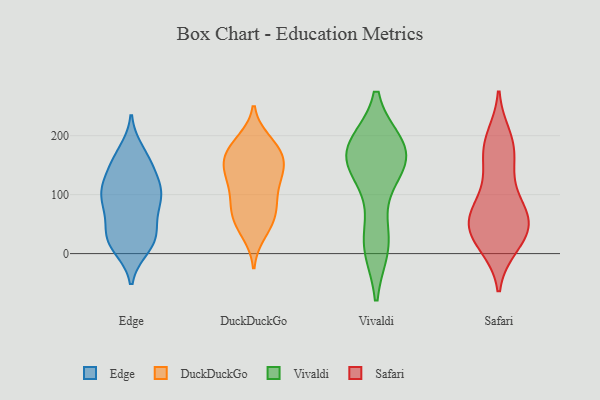
{"axis": {"x": "Active Users", "y": "Value"}, "legend": ["DuckDuckGo", "Edge", "Safari", "Vivaldi"], "data": [{"x": "", "y": 105, "type": "Edge"}, {"x": "", "y": 150, "type": "Edge"}, {"x": "", "y": 11, "type": "Edge"}, {"x": "", "y": 94, "type": "Edge"}, {"x": "", "y": 74, "type": "Edge"}, {"x": "", "y": 119, "type": "Edge"}, {"x": "", "y": 73, "type": "Edge"}, {"x": "", "y": 29, "type": "Edge"}, {"x": "", "y": 32, "type": "Edge"}, {"x": "", "y": 34, "type": "Edge"}, {"x": "", "y": 161, "type": "Edge"}, {"x": "", "y": 172, "type": "Edge"}, {"x": "", "y": 148, "type": "Edge"}, {"x": "", "y": 108, "type": "Edge"}, {"x": "", "y": 16, "type": "Edge"}, {"x": "", "y": 104, "type": "Edge"}, {"x": "", "y": 96, "type": "Edge"}, {"x": "", "y": 23, "type": "Edge"}, {"x": "", "y": 176, "type": "DuckDuckGo"}, {"x": "", "y": 190, "type": "DuckDuckGo"}, {"x": "", "y": 64, "type": "DuckDuckGo"}, {"x": "", "y": 150, "type": "DuckDuckGo"}, {"x": "", "y": 132, "type": "DuckDuckGo"}, {"x": "", "y": 191, "type": "DuckDuckGo"}, {"x": "", "y": 177, "type": "DuckDuckGo"}, {"x": "", "y": 40, "type": "DuckDuckGo"}, {"x": "", "y": 160, "type": "DuckDuckGo"}, {"x": "", "y": 95, "type": "DuckDuckGo"}, {"x": "", "y": 127, "type": "DuckDuckGo"}, {"x": "", "y": 34, "type": "DuckDuckGo"}, {"x": "", "y": 70, "type": "DuckDuckGo"}, {"x": "", "y": 75, "type": "DuckDuckGo"}, {"x": "", "y": 98, "type": "DuckDuckGo"}, {"x": "", "y": 165, "type": "DuckDuckGo"}, {"x": "", "y": 142, "type": "DuckDuckGo"}, {"x": "", "y": 149, "type": "DuckDuckGo"}, {"x": "", "y": 61, "type": "DuckDuckGo"}, {"x": "", "y": 117, "type": "DuckDuckGo"}, {"x": "", "y": 180, "type": "Vivaldi"}, {"x": "", "y": 13, "type": "Vivaldi"}, {"x": "", "y": 122, "type": "Vivaldi"}, {"x": "", "y": 170, "type": "Vivaldi"}, {"x": "", "y": 170, "type": "Vivaldi"}, {"x": "", "y": 161, "type": "Vivaldi"}, {"x": "", "y": 13, "type": "Vivaldi"}, {"x": "", "y": 27, "type": "Vivaldi"}, {"x": "", "y": 182, "type": "Vivaldi"}, {"x": "", "y": 176, "type": "Vivaldi"}, {"x": "", "y": 152, "type": "Vivaldi"}, {"x": "", "y": 60, "type": "Safari"}, {"x": "", "y": 17, "type": "Safari"}, {"x": "", "y": 56, "type": "Safari"}, {"x": "", "y": 175, "type": "Safari"}, {"x": "", "y": 55, "type": "Safari"}, {"x": "", "y": 44, "type": "Safari"}, {"x": "", "y": 145, "type": "Safari"}, {"x": "", "y": 173, "type": "Safari"}, {"x": "", "y": 16, "type": "Safari"}, {"x": "", "y": 13, "type": "Safari"}, {"x": "", "y": 198, "type": "Safari"}, {"x": "", "y": 87, "type": "Safari"}, {"x": "", "y": 47, "type": "Safari"}, {"x": "", "y": 190, "type": "Safari"}, {"x": "", "y": 116, "type": "Safari"}, {"x": "", "y": 75, "type": "Safari"}, {"x": "", "y": 50, "type": "Safari"}]}